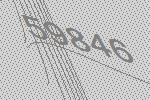
59846